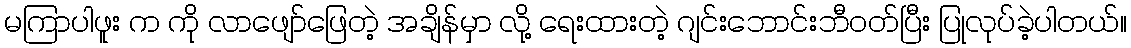
မကြာပါဖူး က ကို လာဖျော်ဖြေတဲ့ အချိန်မှာ လို့ ရေးထားတဲ့ ဂျင်းဘောင်းဘီဝတ်ပြီး ပြုလုပ်ခဲ့ပါတယ်။